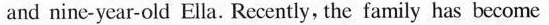
and nine-year-old Ella. Recently, the family has become